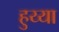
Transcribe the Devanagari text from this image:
हुय्या